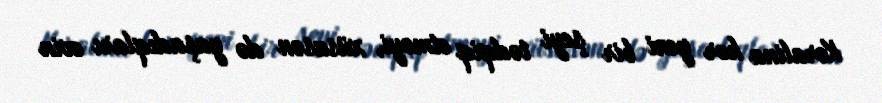
Koralina hər yeni bir şeyi tədqiq etməyi, xüsusən də yaşadıqları evin